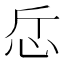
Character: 𢗹